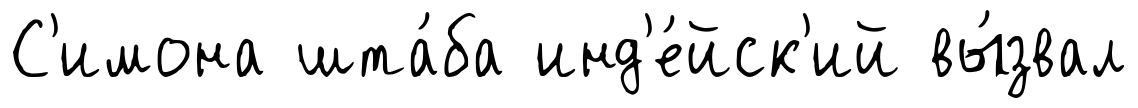
С'имона шта́ба инд'е́йск'ий вы́звал